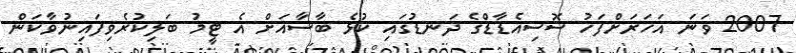
2007 ވަނަ އަހަރަށްފަހު ސޮސިއެޑާޑްގެ ދަނޑުގައި ކުޅެ ބާސާއަށް އެ ޓީމު ބަލިކުރެވިފައިނުވާކަން